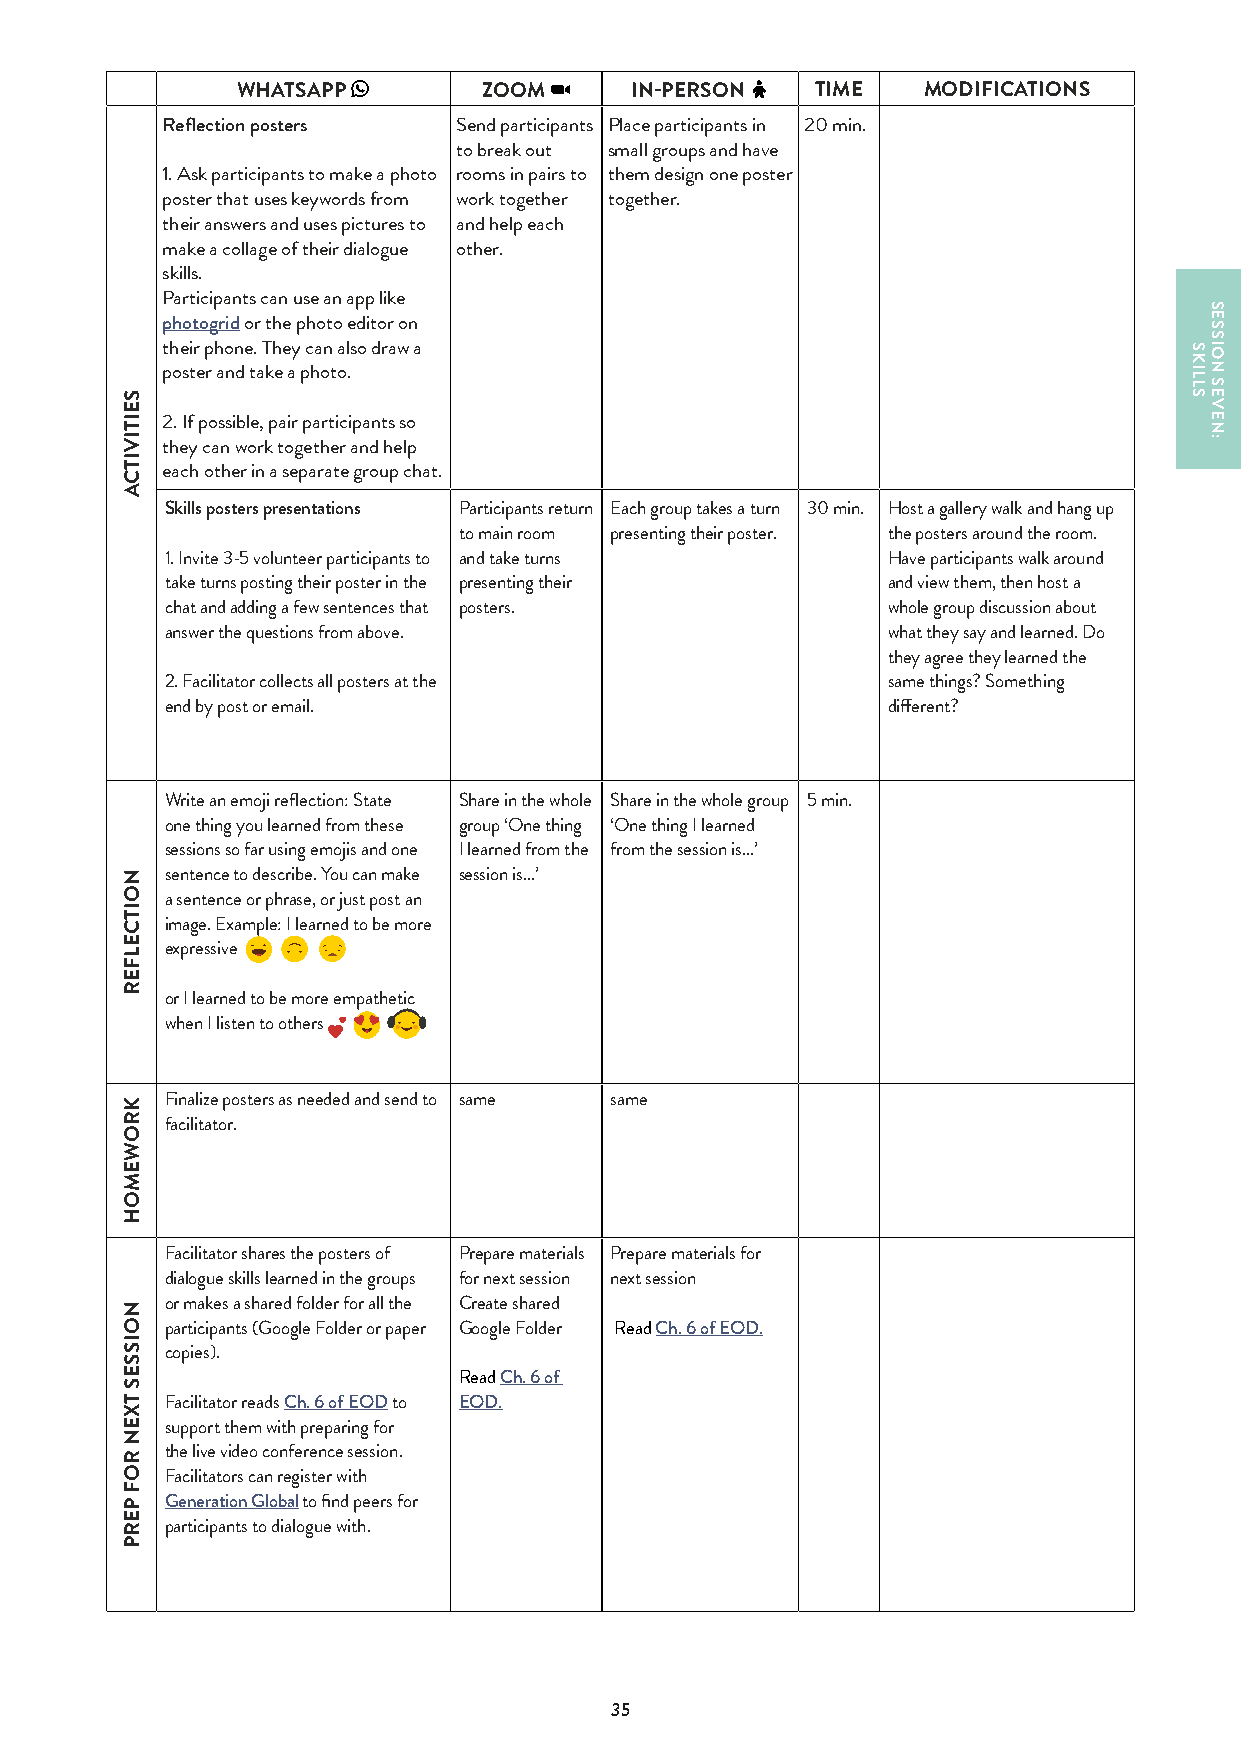
WHATSAPP        ZOOM      IN-PERSON   TIME   MODIFICATIONS
 Reflection posters Send participants Place participants in 20 min.
 to break out small groups and have
 1. Ask participants to make a photo rooms in pairs to them design one poster
 poster that uses keywords from work together together.
 their answers and uses pictures to and help each
 make a collage of their dialogue other.
 skills.
 Participants can use an app like
 photogrid or the photo editor on
 their phone. They can also draw a
 poster and take a photo.
 2. If possible, pair participants so
 they can work together and help
 each other in a separate group chat.
 Skills posters presentations Participants return Each group takes a turn 30 min. Host a gallery walk and hang up
 to main room presenting their poster. the posters around the room.
 1. Invite 3-5 volunteer participants to and take turns Have participants walk around
 take turns posting their poster in the presenting their and view them, then host a
 chat and adding a few sentences that posters.   whole group discussion about
 answer the questions from above.                what they say and learned. Do
 they agree they learned the
 2. Facilitator collects all posters at the      same things? Something
 end by post or email.                           different?
 Write an emoji reflection: State Share in the whole Share in the whole group 5 min.
 one thing you learned from these group ‘One thing ‘One thing I learned
 sessions so far using emojis and one I learned from the from the session is…’
 sentence to describe. You can make session is…’
 a sentence or phrase, or just post an
 image. Example: I learned to be more
 expressive
 or I learned to be more empathetic
 when I listen to others
 Finalize posters as needed and send to same same
 facilitator.
 Facilitator shares the posters of Prepare materials Prepare materials for
 dialogue skills learned in the groups for next session next session
 or makes a shared folder for all the Create shared
 participants (Google Folder or paper Google Folder Read Ch. 6 of EOD.
 copies).
 Read Ch. 6 of
 Facilitator reads Ch. 6 of EOD to EOD.
 support them with preparing for
 the live video conference session.
 Facilitators can register with
 Generation Global to find peers for
 participants to dialogue with.
 35
 SEITIVITCA
 NOITCELFER
 KROWEMOH
 NOISSES
 TXEN
 ROF
 PERP
 SKILLS
 SESSION
 SEVEN: